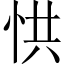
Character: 㤨